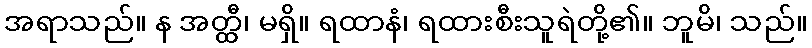
အရာသည်။ န အတ္ထီ၊ မရှိ။ ရထာနံ၊ ရထားစီးသူရဲတို့၏။ ဘူမိ၊ သည်။